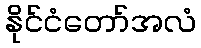
နိုင်ငံတော်အလံ